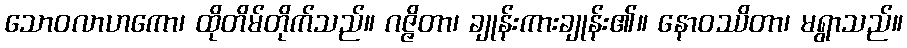
သောဝလာဟကော၊ ထိုတိမ်တိုက်သည်။ ဂဇ္ဇိတာ၊ ချုန်းကားချုန်း၏။ နောဝဿိတာ၊ မရွာသည်။